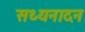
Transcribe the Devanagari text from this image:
सथ्यनादन